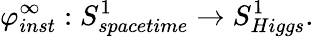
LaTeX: \varphi_{inst}^{\infty}:S_{spacetime}^{1}\rightarrow S_{Higgs}^{1}.